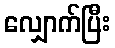
လျှောက်ပြီး